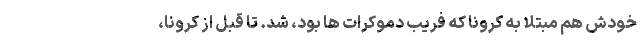
خودش هم مبتلا به کرونا که فریب دموکرات ها بود، شد. تا قبل از کرونا،